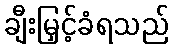
ချီးမြှင့်ခံရသည်